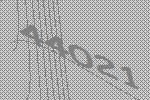
44021